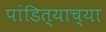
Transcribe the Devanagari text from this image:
पांडित्याच्या